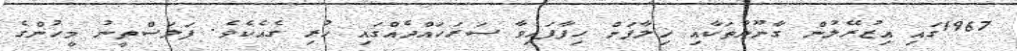
1967ގައި އިޒުރޭލުން ގާނޫނުތަކާއި ޚިލާފަށް ހިފާފައިވާ ސަރަހައްދެއްގައި ހުރި ގެއެކެވެ. ފަލަސްތީނު މީހުންގެ